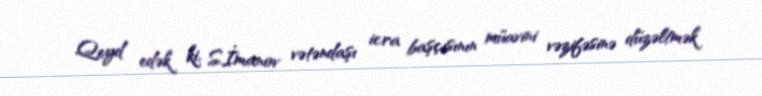
Qeyd edək ki, S.İmanov vətəndaşı icra başçısının müavini vəzifəsinə düzəltmək